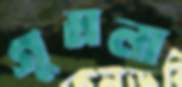
গুমলা